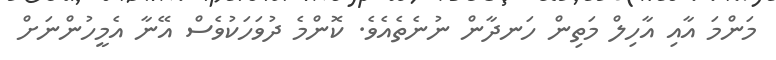
މަންމަ އާއި އާހިލް މަތިން ހަނދާން ނުނެތެއެވެ. ކޮންމެ ދުވަހަކުވެސް އޭނާ އެމީހުންނަށް